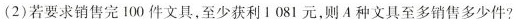
(2)若要求销售完 100 件文具，至少获利 1081 元，则 A 种文具至多销售多少件?